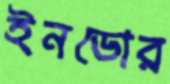
ইনডোর